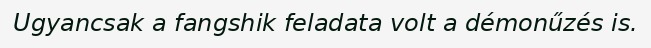
Ugyancsak a fangshik feladata volt a démonűzés is.